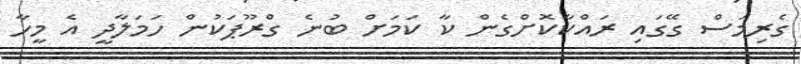
ގެރިމަސް ގޭގައި ރައްކާކޮށްގެން ކާ ކަމަށް ބުނެ ގްރޫޕަކުން ހަމަލާދީ އެ މީހާ